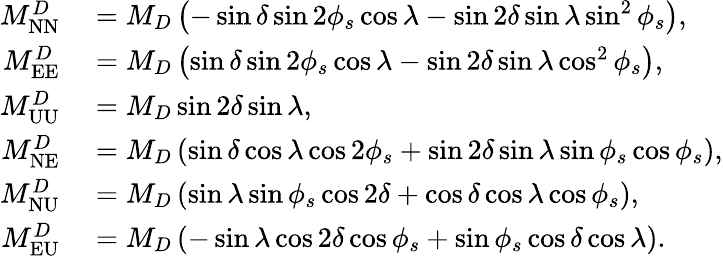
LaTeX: \begin{array}{rl}{M_{\mathrm{NN}}^{D}}&{{}=M_{D}\left(-\sin\delta\sin 2\phi_{s}\cos\lambda-\sin 2\delta\sin\lambda\sin^{2}\phi_{s}\right),}\\ {M_{\mathrm{EE}}^{D}}&{{}=M_{D}\left(\sin\delta\sin 2\phi_{s}\cos\lambda-\sin 2\delta\sin\lambda\cos^{2}\phi_{s}\right),}\\ {M_{\mathrm{UU}}^{D}}&{{}=M_{D}\sin 2\delta\sin\lambda,}\\ {M_{\mathrm{NE}}^{D}}&{{}=M_{D}\left(\sin\delta\cos\lambda\cos 2\phi_{s}+\sin 2\delta\sin\lambda\sin\phi_{s}\cos\phi_{s}\right),}\\ {M_{\mathrm{NU}}^{D}}&{{}=M_{D}\left(\sin\lambda\sin\phi_{s}\cos 2\delta+\cos\delta\cos\lambda\cos\phi_{s}\right),}\\ {M_{\mathrm{EU}}^{D}}&{{}=M_{D}\left(-\sin\lambda\cos 2\delta\cos\phi_{s}+\sin\phi_{s}\cos\delta\cos\lambda\right).}\end{array}